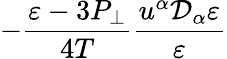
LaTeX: -\frac{\varepsilon-3P_{\perp}}{4T}\frac{u^{\alpha}\mathcal{D}_{\alpha}\varepsilon}{\varepsilon}